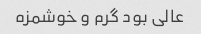
عالی بود گرم و خوشمزه